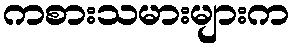
ကစားသမားများက